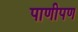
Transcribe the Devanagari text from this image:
पाणीपण